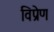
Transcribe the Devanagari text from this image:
विप्रेण